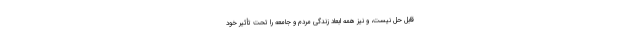
قابل حل نیست، و نیز همه ابعاد زندگی مردم و جامعه را تحت تأثیر خود